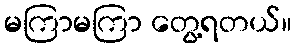
မကြာမကြာ တွေ့ရတယ်။